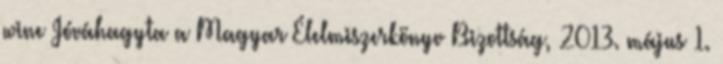
wine Jóváhagyta a Magyar Élelmiszerkönyv Bizottság, 2013. május 1.